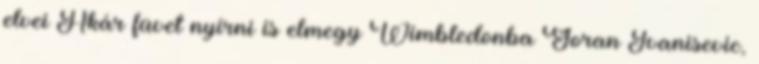
elvei Akár füvet nyírni is elmegy Wimbledonba Goran Ivanisevic,